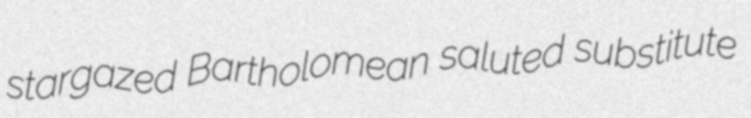
stargazed Bartholomean saluted substitute